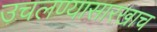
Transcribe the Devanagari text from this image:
उचलण्यासारखाच